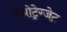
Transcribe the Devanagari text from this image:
मेथोट्रेग्जेट